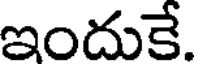
ఇందుకే.